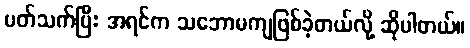
ပတ်သက်ပြီး အရင်က သဘောမကျဖြစ်ခဲ့တယ်လို့ ဆိုပါတယ်။